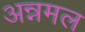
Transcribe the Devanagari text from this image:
अन्नमल